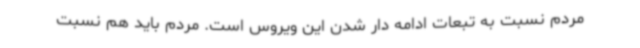
مردم نسبت به تبعات ادامه دار شدن این ویروس است. مردم باید هم نسبت